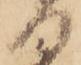
日